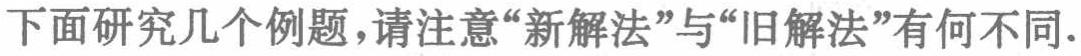
下面研究几个例题，请注意“新解法”与“旧解法”有何不同.